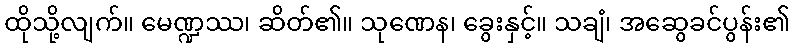
ထိုသို့လျက်။ မေဏ္ဍဿ၊ ဆိတ်၏။ သုဏေန၊ ခွေးနှင့်။ သချံ၊ အဆွေခင်ပွန်း၏